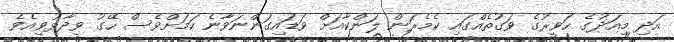
އަދި މިއަދުގެ ހަވީރުގެ ވަގުތެއްގައި ކެމެރަން ލަންކާއަށް ވަޑައިގަންނަވާނެ ކަމަށްވެސް ހޭގު ވިދާޅުވިއެވެ.